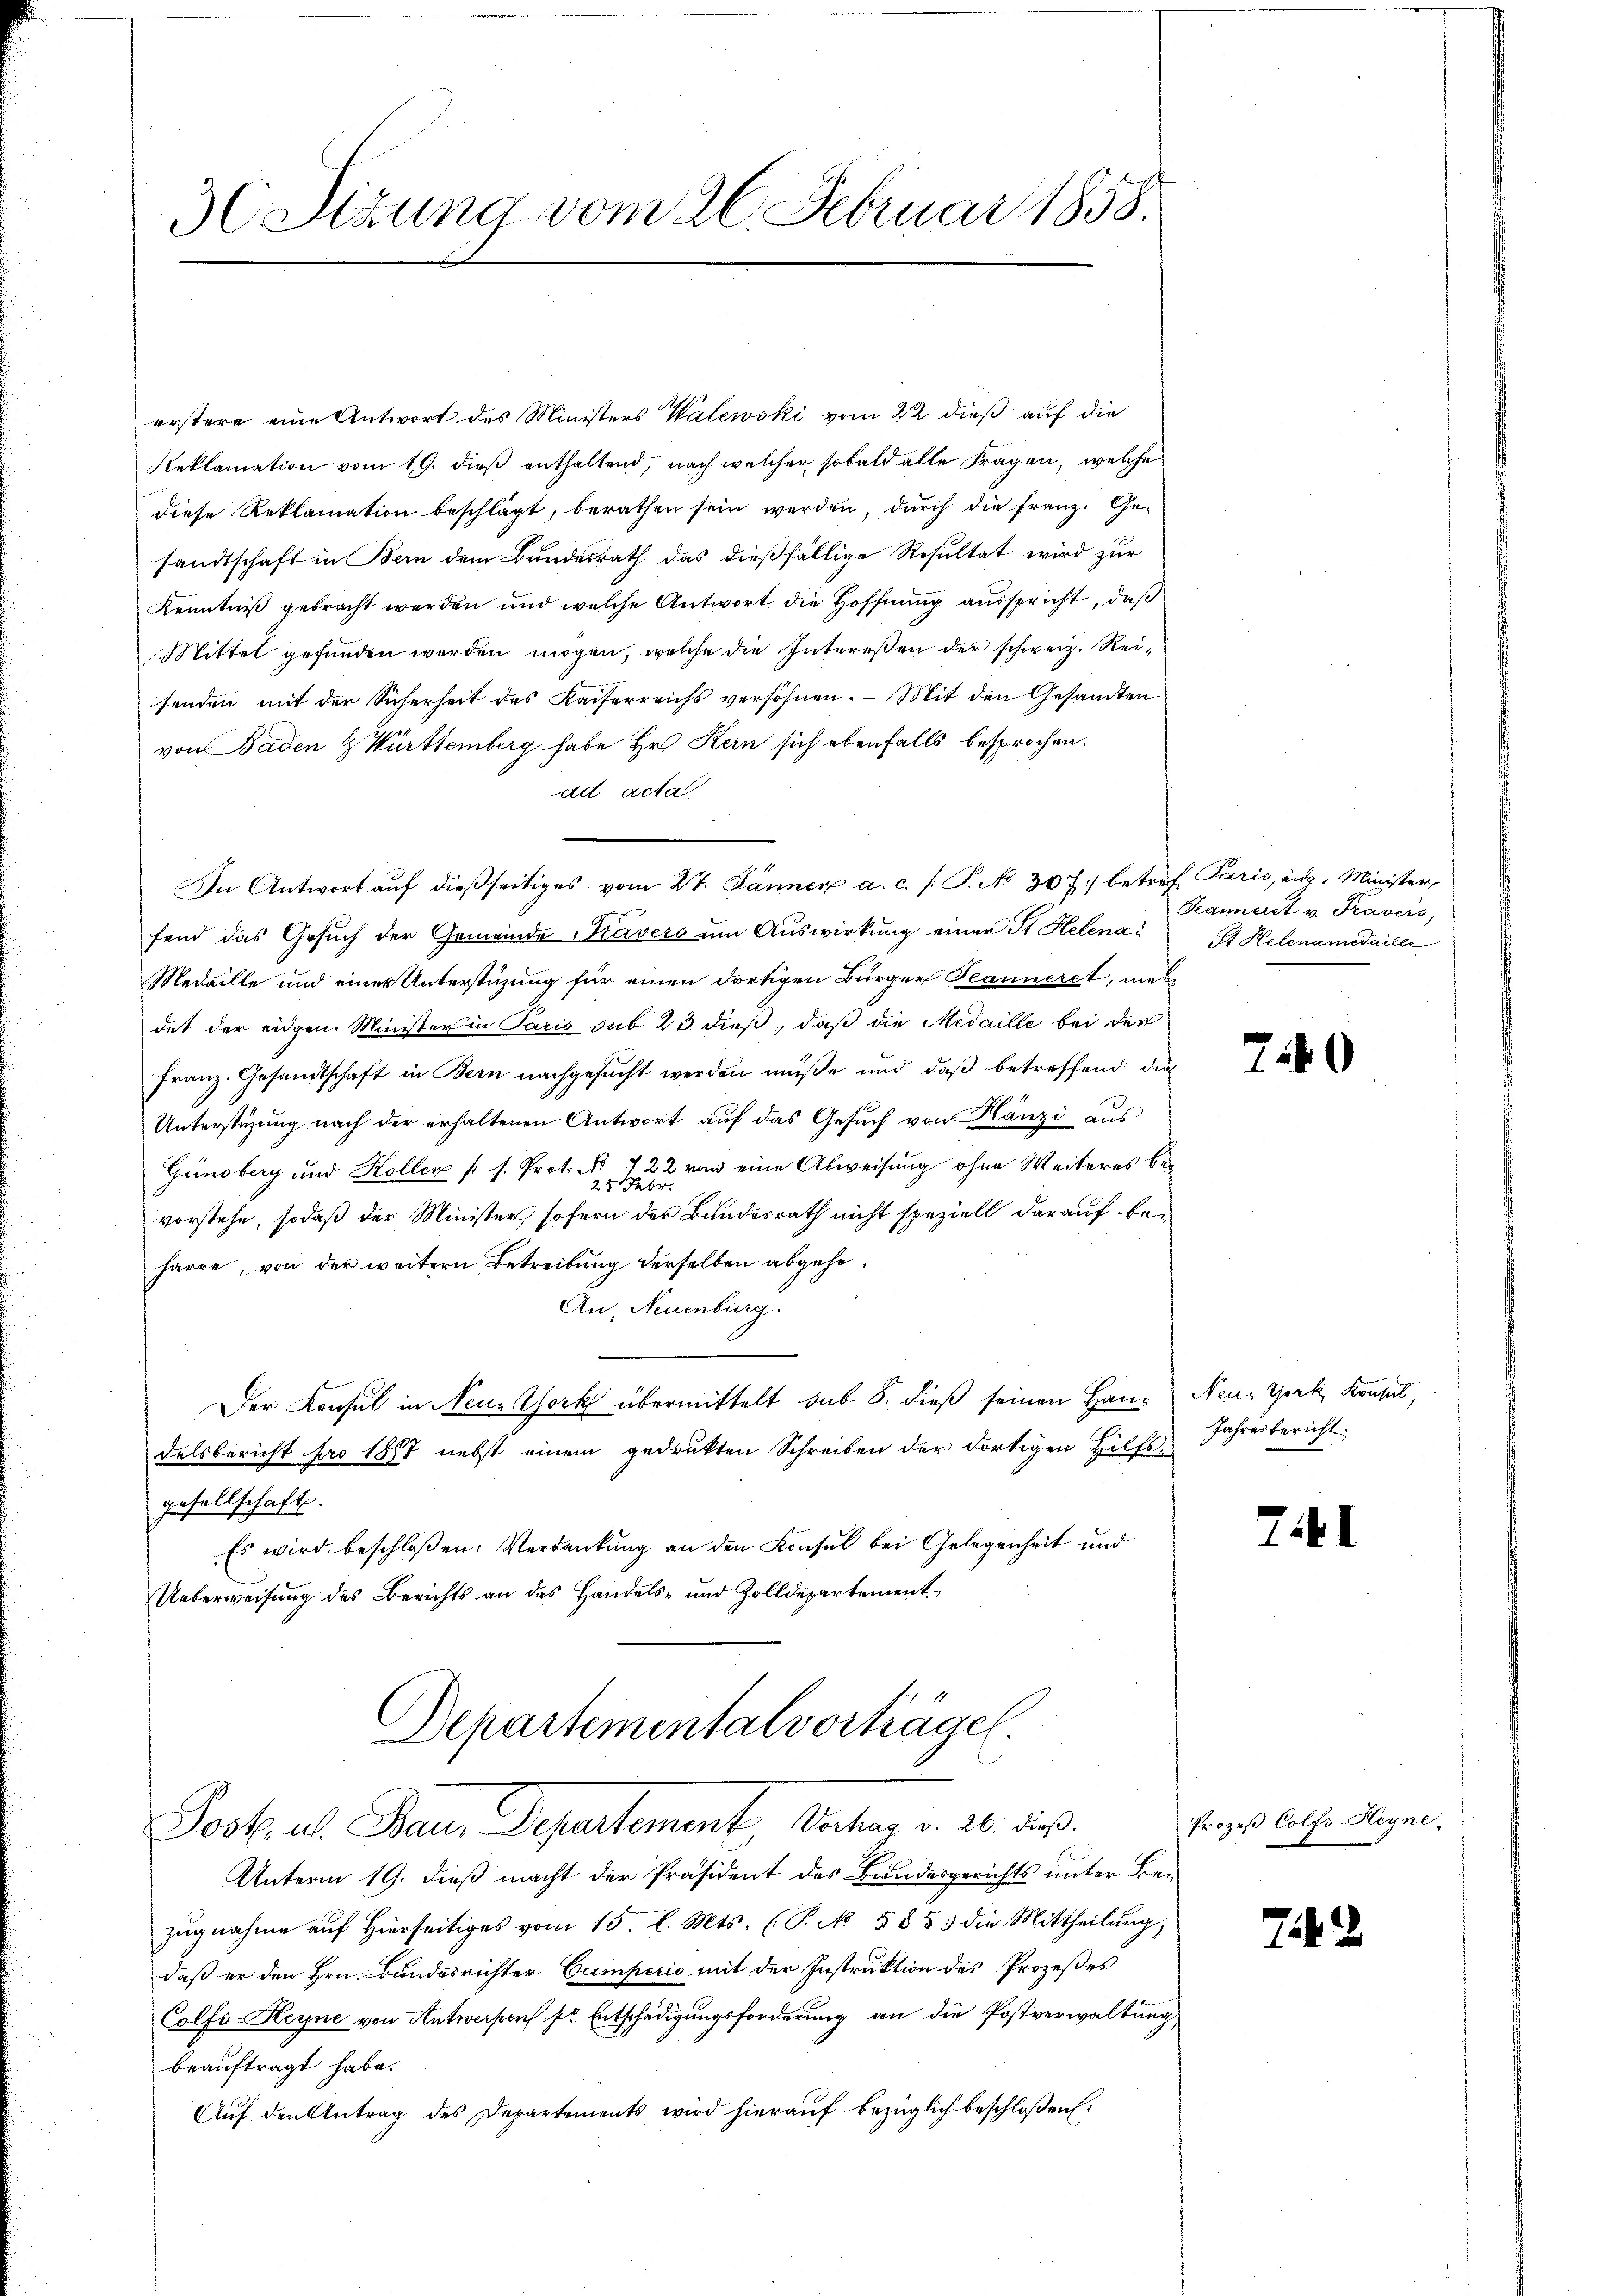
36 Stzung vom 26. Februar 1858.

erstere eine Antwort des Ministers Walewski vom 22 dieß auf die
Reklamation vom 19. dieß enthaltend, nach welcher sobald alle Fragen, welche
diese Reklamation beschlägt, berathen sein werden, durch die Franz. Gesandtschaft in Bern dem Bundesrath das dießfällige Resultat wird zur
Kenntniß gebracht werden und welche Antwort die Hoffnung ausspricht, daß
Mittel gefunden werden mögen, welche die Intereßen der schweiz. Reisenden mit der Sicherheit des Kaiserreichs versöhnen. - Mit den Gesandten
von Baden & Württemberg habe Hr. Kern sich ebenfalls besprochen.
ad acta
In Antwort aŭf dießseitiges vom 27. Jänner a. c. /. P. No. 307. betref Paris, eidg. Minister,
fend das Gesuch der Gemeinde Tavers um Auswirkung einer St. Helena¬
Medaille und einer Unterstüzung für einen dortigen Bürger Teanneret, mei
det der eidgen. Minister in Paris sub 23. dieß, daß die Medaille bei der
Franz. Gesandtschaft in Bern nachgesucht werden müße und daß betreffend die
Unterstüzung nach der erhaltenen Antwort auf das Gesŭch von Hänzi aus
Günsberg und Koller (s. Prot. No 722 von eine Abweisung ohne Weiteres be¬
25 Febr.
vorstehe, sodaß der Minister sofern der Bundesrath nicht speziell darauf beharre, von der weitern Betreibung derselben abgehe.
An, Neuenburg.
Der Konsul in Neue Chork übermittelt sub 8. dieß seinen Handelsbericht pro 1887 nebst einem gedrukten Schreiben der dortigen Hilfsgesellschaft.
Es wird beschloßen: Verdankung an den Konsul bei Gelegenheit und
Ueberweisung des Berichts an das Handels- und Zolldepartement
Departemental vorträge.
Postul Dein Separtement, Unter v. 20. ds.
Unterm 19. dieß macht der Präsident des Bandesgerichts unter Bezugnahme auf hierseitiges vom 15. l. Mts. (T. N. 585. die Mittheilŭng,
daß er den Hrn. Bundesrichter Camperio mit der Instruktion des Prozeßes
Colfi-Keyne von Antwerfen pr Entschädigungsforderung an die Postverwaltung
beauftragt habe.
Auf den Antrag des Departements wird hierauf bezüglich beschloßen:

Kannert v. Fravers,
St Helenamedaille

740

Neun York Konseil,
Jahresbericht

741

Prozeß Colfi-Heyne,

2